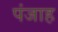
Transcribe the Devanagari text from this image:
पंजाह